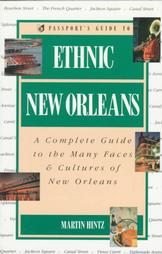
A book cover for Passport's Guide to Ethnic New Orleans: A Complete Guide to the Many Faces & Cultures of New Orleans (Passport books); Martin Hintz; Travel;